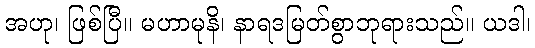
အဟု၊ ဖြစ်ပြီ။ မဟာမုနိ၊ နာရဒမြတ်စွာဘုရားသည်။ ယဒါ၊